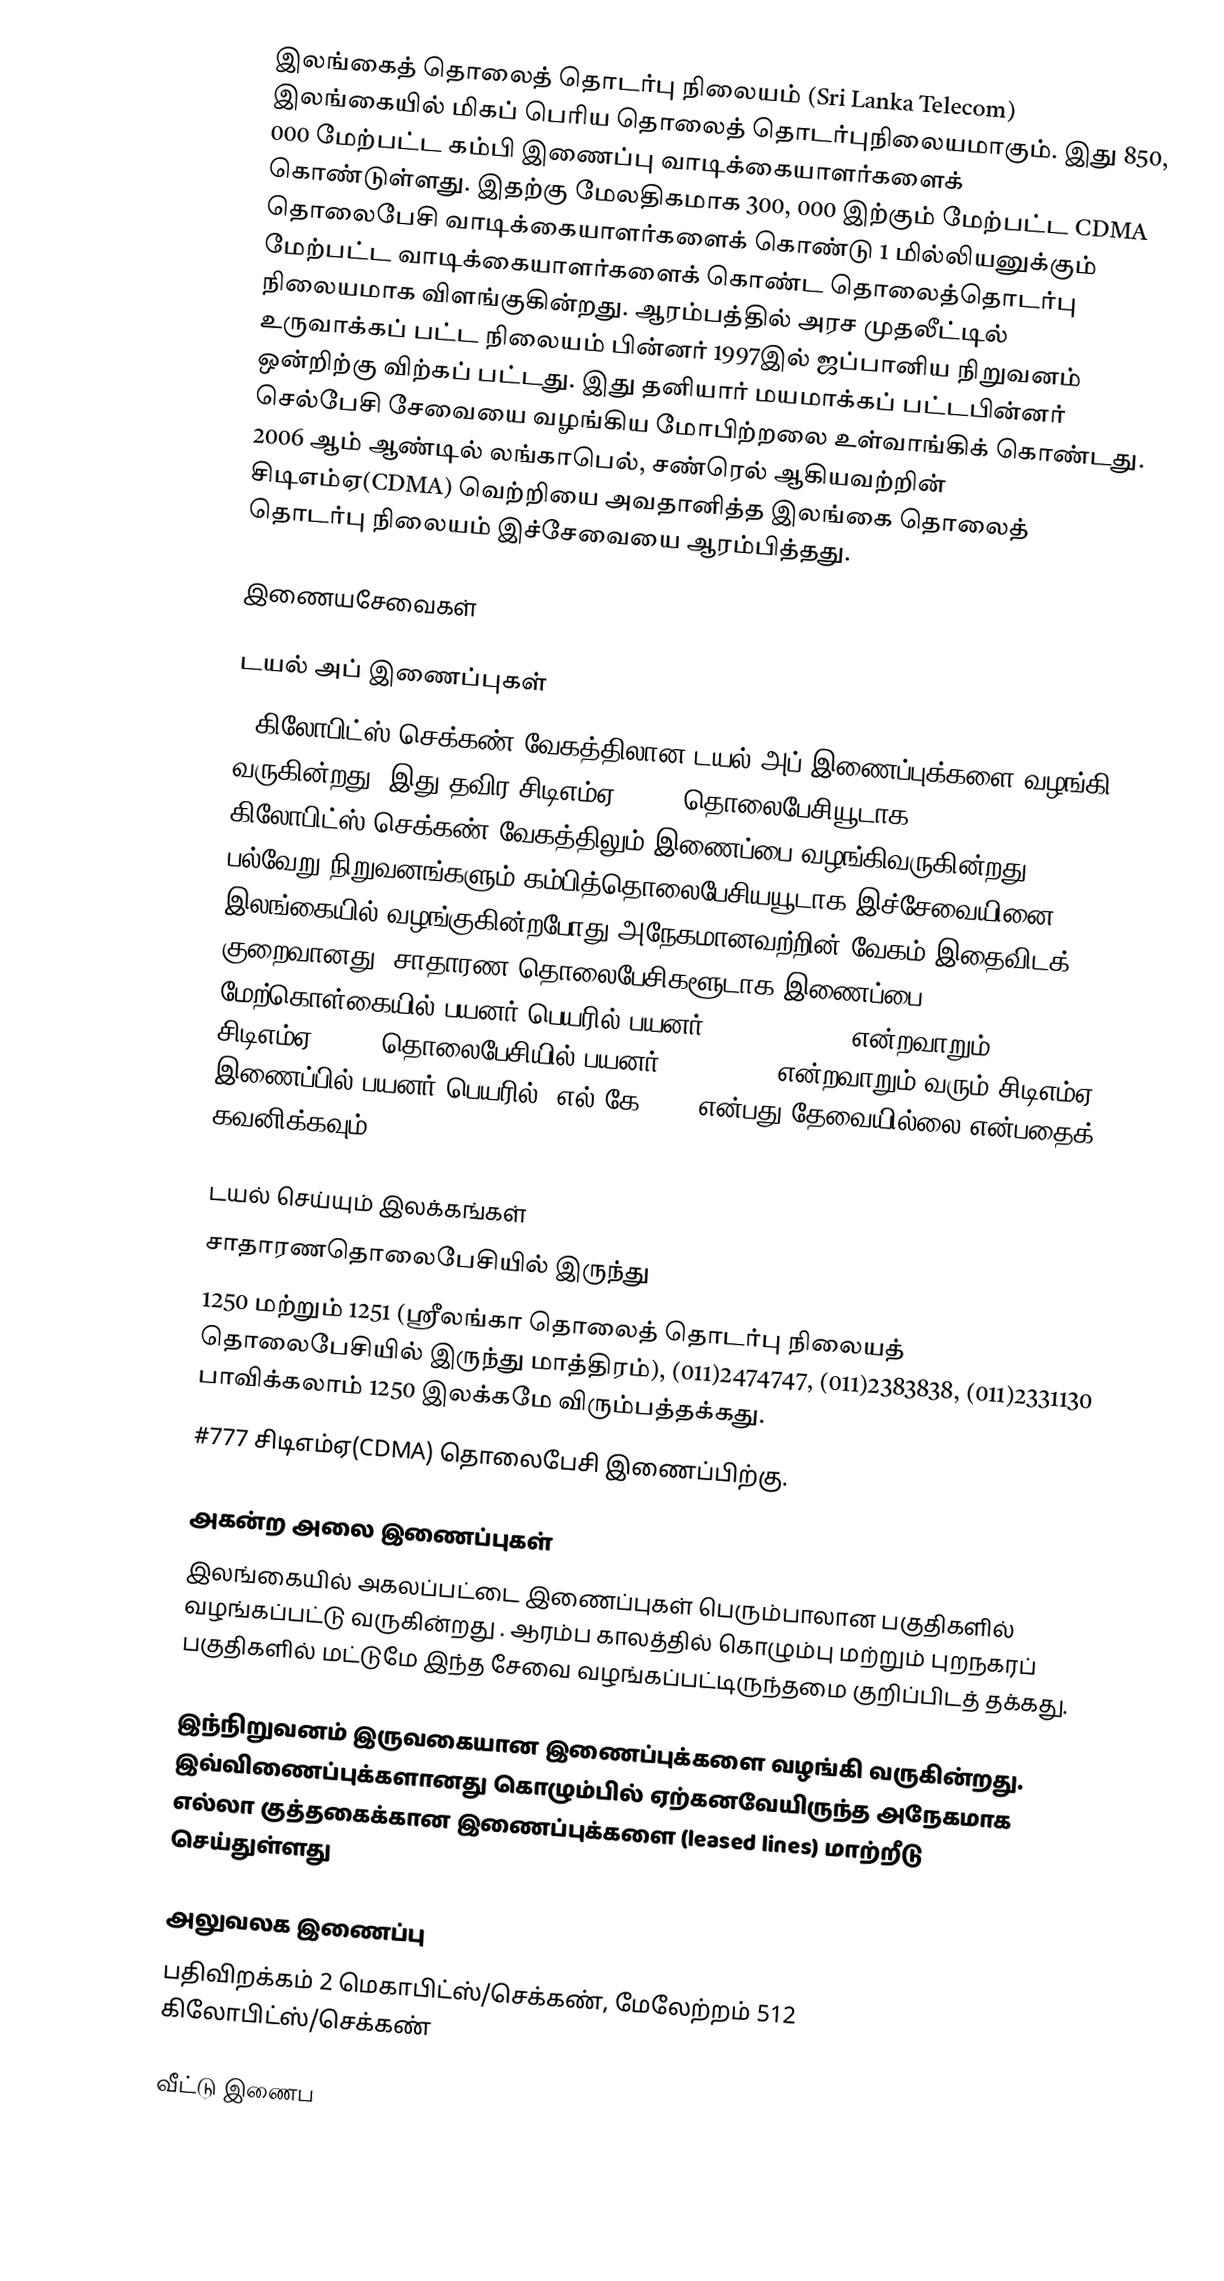
இலங்கைத் தொலைத் தொடர்பு நிலையம் (Sri Lanka Telecom) இலங்கையில் மிகப் பெரிய தொலைத் தொடர்புநிலையமாகும். இது 850, 000 மேற்பட்ட கம்பி இணைப்பு வாடிக்கையாளர்களைக் கொண்டுள்ளது. இதற்கு மேலதிகமாக 300, 000 இற்கும் மேற்பட்ட CDMA தொலைபேசி வாடிக்கையாளர்களைக் கொண்டு 1 மில்லியனுக்கும் மேற்பட்ட வாடிக்கையாளர்களைக் கொண்ட தொலைத்தொடர்பு நிலையமாக விளங்குகின்றது. ஆரம்பத்தில் அரச முதலீட்டில் உருவாக்கப் பட்ட நிலையம் பின்னர் 1997இல் ஜப்பானிய நிறுவனம் ஒன்றிற்கு விற்கப் பட்டது. இது தனியார் மயமாக்கப் பட்டபின்னர் செல்பேசி சேவையை வழங்கிய மோபிற்றலை உள்வாங்கிக் கொண்டது. 2006 ஆம் ஆண்டில் லங்காபெல், சண்ரெல் ஆகியவற்றின் சிடிஎம்ஏ(CDMA) வெற்றியை அவதானித்த இலங்கை தொலைத் தொடர்பு நிலையம் இச்சேவையை ஆரம்பித்தது.

இணையசேவைகள்

டயல் அப் இணைப்புகள்
56கிலோபிட்ஸ்/செக்கண் வேகத்திலான டயல் அப் இணைப்புக்களை வழங்கி வருகின்றது. இது தவிர சிடிஎம்ஏ(CDMA) தொலைபேசியூடாக 115 கிலோபிட்ஸ்/செக்கண் வேகத்திலும் இணைப்பை வழங்கிவருகின்றது. பல்வேறு நிறுவனங்களும் கம்பித்தொலைபேசியயூடாக இச்சேவையினை இலங்கையில் வழங்குகின்றபோது அநேகமானவற்றின் வேகம் இதைவிடக் குறைவானது. சாதாரண தொலைபேசிகளூடாக இணைப்பை மேற்கொள்கையில் பயனர் பெயரில் பயனர்@pre.sltnet.lk என்றவாறும் சிடிஎம்ஏ(CDMA) தொலைபேசியில் பயனர்@pre.sltnet என்றவாறும் வரும் சிடிஎம்ஏ இணைப்பில் பயனர் பெயரில் .எல்.கே(.lk) என்பது தேவையில்லை என்பதைக் கவனிக்கவும்.

டயல் செய்யும் இலக்கங்கள்
சாதாரணதொலைபேசியில் இருந்து
1250 மற்றும் 1251 (ஸ்ரீலங்கா தொலைத் தொடர்பு நிலையத் தொலைபேசியில் இருந்து மாத்திரம்), (011)2474747, (011)2383838, (011)2331130 பாவிக்கலாம் 1250 இலக்கமே விரும்பத்தக்கது.
#777 சிடிஎம்ஏ(CDMA) தொலைபேசி இணைப்பிற்கு.

அகன்ற அலை இணைப்புகள்
இலங்கையில் அகலப்பட்டை இணைப்புகள் பெரும்பாலான பகுதிகளில் வழங்கப்பட்டு வருகின்றது . ஆரம்ப காலத்தில் கொழும்பு மற்றும் புறநகரப் பகுதிகளில் மட்டுமே இந்த சேவை வழங்கப்பட்டிருந்தமை குறிப்பிடத் தக்கது.

இந்நிறுவனம் இருவகையான இணைப்புக்களை வழங்கி வருகின்றது. இவ்விணைப்புக்களானது கொழும்பில் ஏற்கனவேயிருந்த அநேகமாக எல்லா குத்தகைக்கான இணைப்புக்களை (leased lines) மாற்றீடு செய்துள்ளது

அலுவலக இணைப்பு
பதிவிறக்கம் 2 மெகாபிட்ஸ்/செக்கண், மேலேற்றம் 512 கிலோபிட்ஸ்/செக்கண்

வீட்டு இணைப